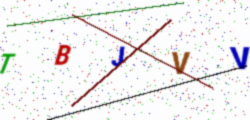
Text: TBJVV